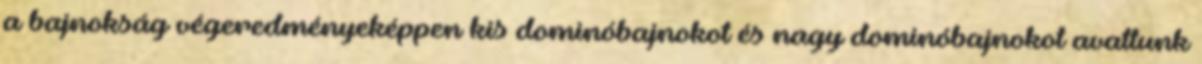
a bajnokság végeredményeképpen kis dominóbajnokot és nagy dominóbajnokot avattunk